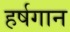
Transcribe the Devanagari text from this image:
हर्षगान